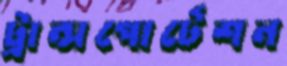
ট্রান্সপোর্টেশন